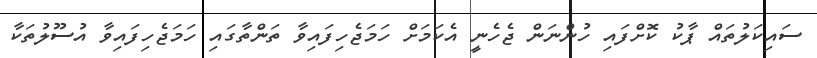
ސައިކަލުތައް ޕާކު ކޮށްފައި ހުންނަން ޖެހެނީ އެކަމަށް ހަމަޖެހިފައިވާ ތަންތާގައި ހަމަޖެހިފައިވާ އުސޫލުތަކާ